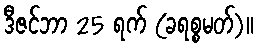
ဒီဇင်ဘာ 25 ရက် (ခရစ္စမတ်)။